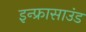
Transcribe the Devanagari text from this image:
इन्फ्रासाउंड